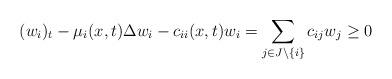
LaTeX: \begin{align*}(w_i)_t-\mu_i(x,t)\Delta w_i- c_{ii}(x,t)w_i&=\sum_{j\in J\backslash\{i\}} c_{ij}w_j \geq 0 \end{align*}